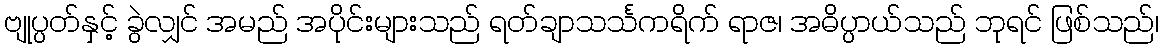
ဗျုပ္ပတ်နှင့် ခွဲလျှင် အမည် အပိုင်းများသည် ရတ်ချာသင်္သကရိက် ရာဇ၊ အဓိပ္ပာယ်သည် ဘုရင် ဖြစ်သည်၊